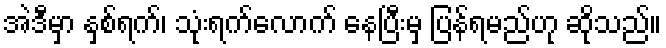
အဲဒီမှာ နှစ်ရက်၊ သုံးရက်လောက် နေပြီးမှ ပြန်ရမည်ဟု ဆိုသည်။